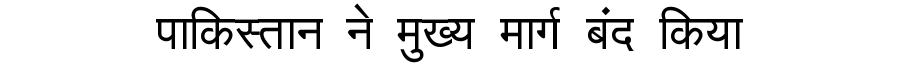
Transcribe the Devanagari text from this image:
पाकिस्तान ने मुख्य मार्ग बंद किया